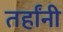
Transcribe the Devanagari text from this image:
तर्हांनी